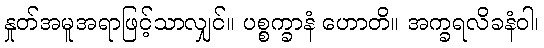
နှုတ်အမူအရာဖြင့်သာလျှင်။ ပစ္စက္ခာနံ ဟောတိ။ အက္ခရလိခနံဝါ၊